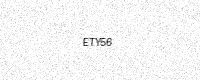
Text: ETY56